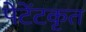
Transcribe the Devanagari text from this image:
पेटेंटकृत